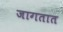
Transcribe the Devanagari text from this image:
जागतात